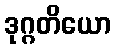
ဒုဂ္ဂတိယော